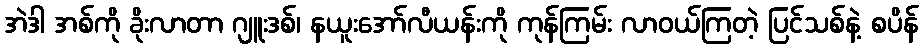
အဲဒါ အစ်ကို ခိုးလာတာ ဂျူးဒစ်၊ နယူးအော်လီယန်းကို ကုန်ကြမ်း လာဝယ်ကြတဲ့ ပြင်သစ်နဲ့ စပိန်